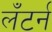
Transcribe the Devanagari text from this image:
लँटर्न